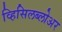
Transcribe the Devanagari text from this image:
व्हिसिलब्लोअर